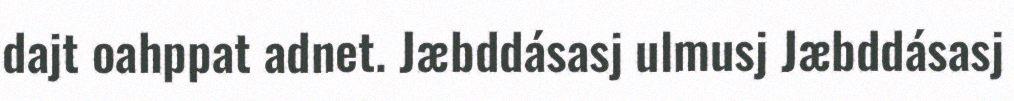
dajt oahppat adnet. Jæbddásasj ulmusj Jæbddásasj